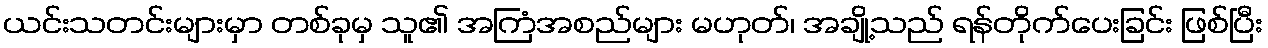
ယင်းသတင်းများမှာ တစ်ခုမှ သူ၏ အကြံအစည်များ မဟုတ်၊ အချို့သည် ရန်တိုက်ပေးခြင်း ဖြစ်ပြီး